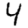
Digit: 4